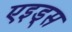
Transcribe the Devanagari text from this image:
एइड्स